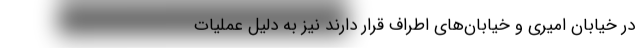
در خیابان امیری و خیابان‌های اطراف قرار دارند نیز به دلیل عملیات